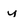
Character: y